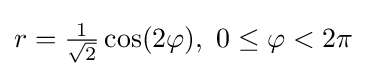
r={\tfrac {1}{\sqrt {2}}}\cos(2\varphi ),\ 0\leq \varphi <2\pi